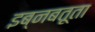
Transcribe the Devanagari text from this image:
इब्‍नबतूता